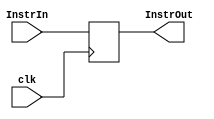
module IF_ID(
	// Outputs
	output reg [31:0]InstrOut,
	// Inputs
	input wire [31:0]InstrIn,
	input wire clk
);

	always @ (posedge clk)
	begin
		InstrOut <= InstrIn;
	end
endmodule